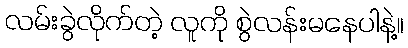
လမ်းခွဲလိုက်တဲ့ လူကို စွဲလန်းမနေပါနဲ့။